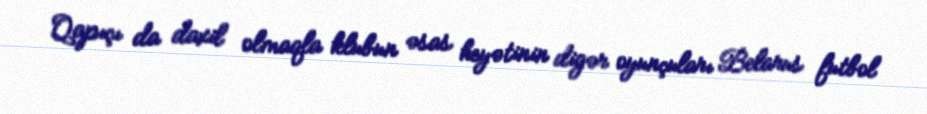
Qapıçı da daxil olmaqla klubun əsas heyətinin digər oyunçuları Belarus futbol